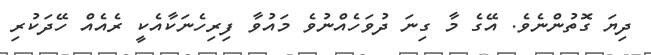
ދިޔަ ގޮތުންނެވެ. އޭގެ މާ ގިނަ ދުވަހެއްނުވެ މައުވާ ފިރިހެނަކާއެކީ ރެއެއް ހޭދަކުރި